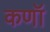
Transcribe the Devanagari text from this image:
कणॉ